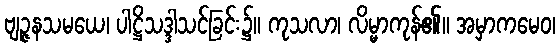
ဗျဉ္ဇနသမယေ၊ ပါဋ္ဌိသဒ္ဒါသင်ခြင်း၌။ ကုသလာ၊ လိမ္မာကုန်၏။ အမှာကမေဝ၊